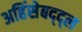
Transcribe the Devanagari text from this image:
अहिंसेबद्द्ल